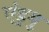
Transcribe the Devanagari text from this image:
एंड्रयु